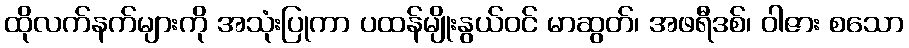
ထိုလက်နက်များကို အသုံးပြုကာ ပထန်မျိုးနွယ်ဝင် မာဆွတ်၊ အဖရီဒစ်၊ ဝါဇား စသော